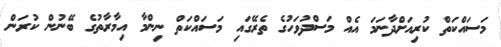
މަސައްކަތް ކުރިއަށްދާނަމަ އެއް މަސްދުވަހުގެ ތެރޭގައި މަސައްކަތް ނިންމާ އިމާރާތުގެ ބޭނުން ކުރަން